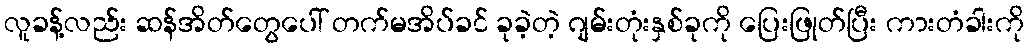
လူခန့်လည်း ဆန်အိတ်တွေပေါ် တက်မအိပ်ခင် ခုခဲ့တဲ့ ဂျမ်းတုံးနှစ်ခုကို ပြေးဖြုတ်ပြီး ကားတံခါးကို